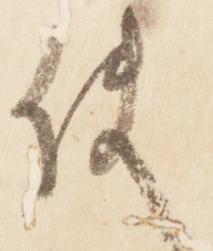
使